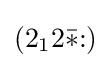
(2_{1}2{\bar {*}}{:})